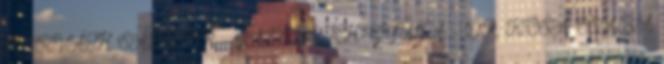
HORVÁTH SÁNDOR – JAMBRICH GYULA – DR. KÓSA CSABA